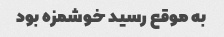
به موقع رسید خوشمزه بود